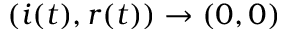
( i ( t ) , r ( t ) ) \to ( 0 , 0 )